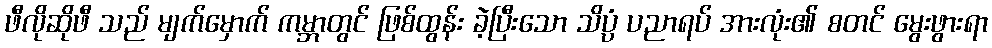
ဖီလိုဆိုဖီ သည် မျက်မှောက် ကမ္ဘာတွင် ဖြစ်ထွန်း ခဲ့ပြီးသော သိပ္ပံ ပညာရပ် အားလုံး၏ စတင် မွေးဖွားရာ